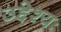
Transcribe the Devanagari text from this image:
उद्देश्यः